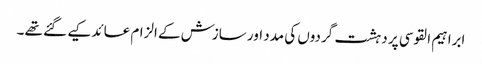
ابراہیم القوسی پر دہشت گردوں کی مدد اور سازش کے الزام عائد کیے گئے تھے ۔